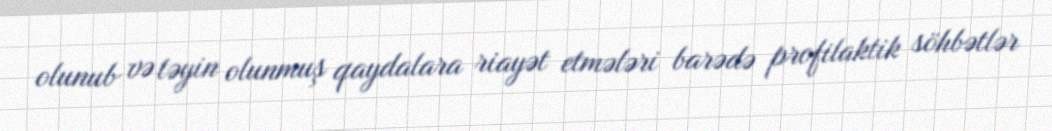
olunub və təyin olunmuş qaydalara riayət etmələri barədə profilaktik söhbətlər